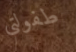
طفولتي